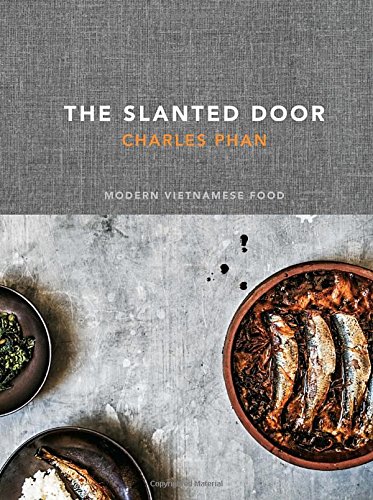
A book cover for The Slanted Door: Modern Vietnamese Food; Charles Phan; Cookbooks, Food & Wine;